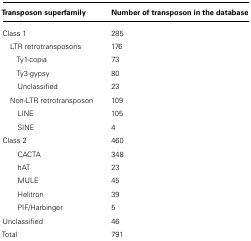
| Transposon superfamily | Number of transposon in the database |
 | --- | --- |
 | Class 1 | 285 |
 | LTR retrotransposons | 176 |
 | Ty1-copia | 73 |
 | Ty3-gypsy | 80 |
 | Unclassified | 23 |
 | Non-LTR retrotransposon | 109 |
 | LINE | 105 |
 | SINE | 4 |
 | Class 2 | 460 |
 | CACTA | 348 |
 | hAT | 23 |
 | MULE | 45 |
 | Helitron | 39 |
 | PIF/Harbinger | 5 |
 | Unclassified | 46 |
 | Total | 791 |